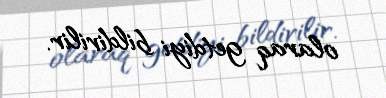
olaraq getdiyi bildirilir.